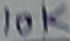
Text: 10K